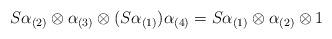
LaTeX: \begin{align*}S \alpha _{(2)} \otimes \alpha _{(3)} \otimes (S\alpha _{(1)})\alpha_{(4)} = S\alpha _{(1)} \otimes \alpha _{(2)} \otimes 1\end{align*}